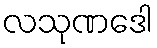
လသုဏဒေါ